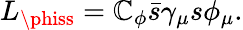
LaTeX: L_{\phiss}=\mathbb{C}_{\phi}\bar{{s}}\gamma_{\mu}s\phi_{\mu}.